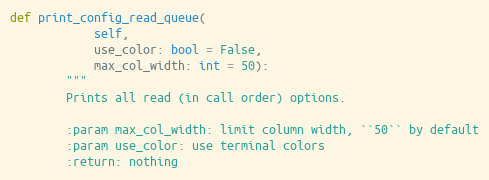
Language: Python
def print_config_read_queue(
            self,
            use_color: bool = False,
            max_col_width: int = 50):
        """
        Prints all read (in call order) options.

        :param max_col_width: limit column width, ``50`` by default
        :param use_color: use terminal colors
        :return: nothing